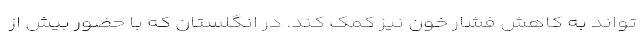
تواند به کاهش فشار خون نیز کمک کند. در انگلستان که با حضور بیش از